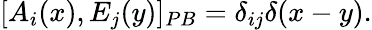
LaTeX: [A_{i}(x),E_{j}(y)]_{PB}=\delta_{ij}\delta(x-y).